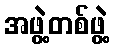
အဖွဲ့တစ်ဖွဲ့